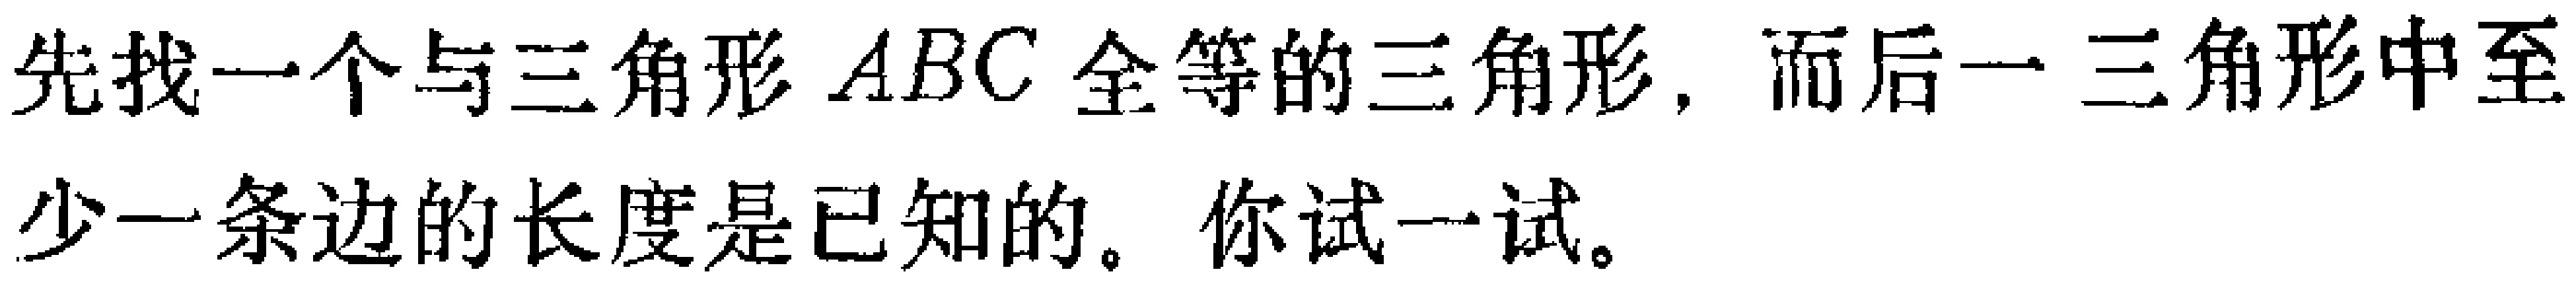
先找一个与三角形 \(ABC\) 全等的三角形，而后一三角形中至少一条边的长度是已知的。你试一试。